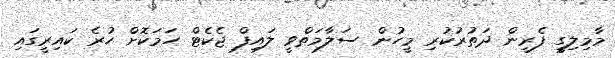
މާމިލިގީ ފެރީން ދަތުރުކުރި މީހުން ސަލާމަތްވީ ލައިފް ޖެކެޓް ހަމަކޮށް ހުރެ ކައިރީގައި